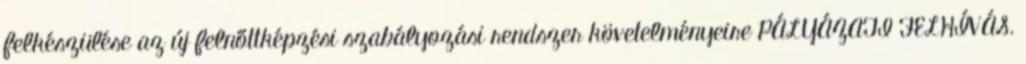
felkészülése az új felnőttképzési szabályozási rendszer követelményeire PÁLYÁZATI FELHÍVÁS.